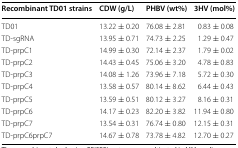
<table><thead><tr><td><b>Recombinant TD01 strains</b></td><td><b>CDW (g/L)</b></td><td><b>PHBV (wt%)</b></td><td><b>3HV (mol%)</b></td></tr></thead><tbody><tr><td>TD01</td><td>13.22 ± 0.20</td><td>76.08 ± 2.81</td><td>0.83 ± 0.08</td></tr><tr><td>TD-sgRNA</td><td>13.95 ± 0.71</td><td>74.73 ± 2.25</td><td>1.29 ± 0.47</td></tr><tr><td>TD-prpC1</td><td>14.99 ± 0.30</td><td>72.14 ± 2.37</td><td>1.79 ± 0.02</td></tr><tr><td>TD-prpC2</td><td>14.43 ± 0.45</td><td>75.06 ± 3.20</td><td>4.78 ± 0.83</td></tr><tr><td>TD-prpC3</td><td>14.08 ± 1.26</td><td>73.96 ± 7.18</td><td>5.72 ± 0.30</td></tr><tr><td>TD-prpC4</td><td>13.58 ± 0.57</td><td>80.14 ± 8.62</td><td>6.44 ± 0.43</td></tr><tr><td>TD-prpC5</td><td>13.59 ± 0.51</td><td>80.12 ± 3.27</td><td>8.16 ± 0.31</td></tr><tr><td>TD-prpC6</td><td>14.17 ± 0.23</td><td>82.20 ± 3.82</td><td>11.94 ± 0.80</td></tr><tr><td>TD-prpC7</td><td>13.54 ± 0.31</td><td>76.74 ± 0.80</td><td>12.15 ± 0.31</td></tr><tr><td>TD-prpC6prpC7</td><td>14.67 ± 0.78</td><td>73.78 ± 4.82</td><td>12.70 ± 0.27</td></tr></tbody></table>